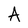
Character: A